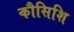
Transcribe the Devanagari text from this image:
कौसिशि